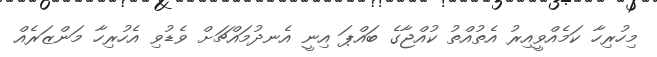
މިހުރިހާ ކަމެއްވީއިރު އެތުއްތު ކުއްޖާގެ ބައްޕަ އިނީ އެނދުމައްޗަށް ވެޑުވި އެހުރިހާ މަންޒަރެއް